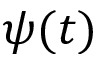
\psi ( t )